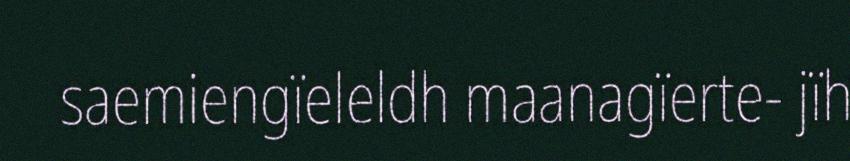
saemiengïeleldh maanagïerte- jïh